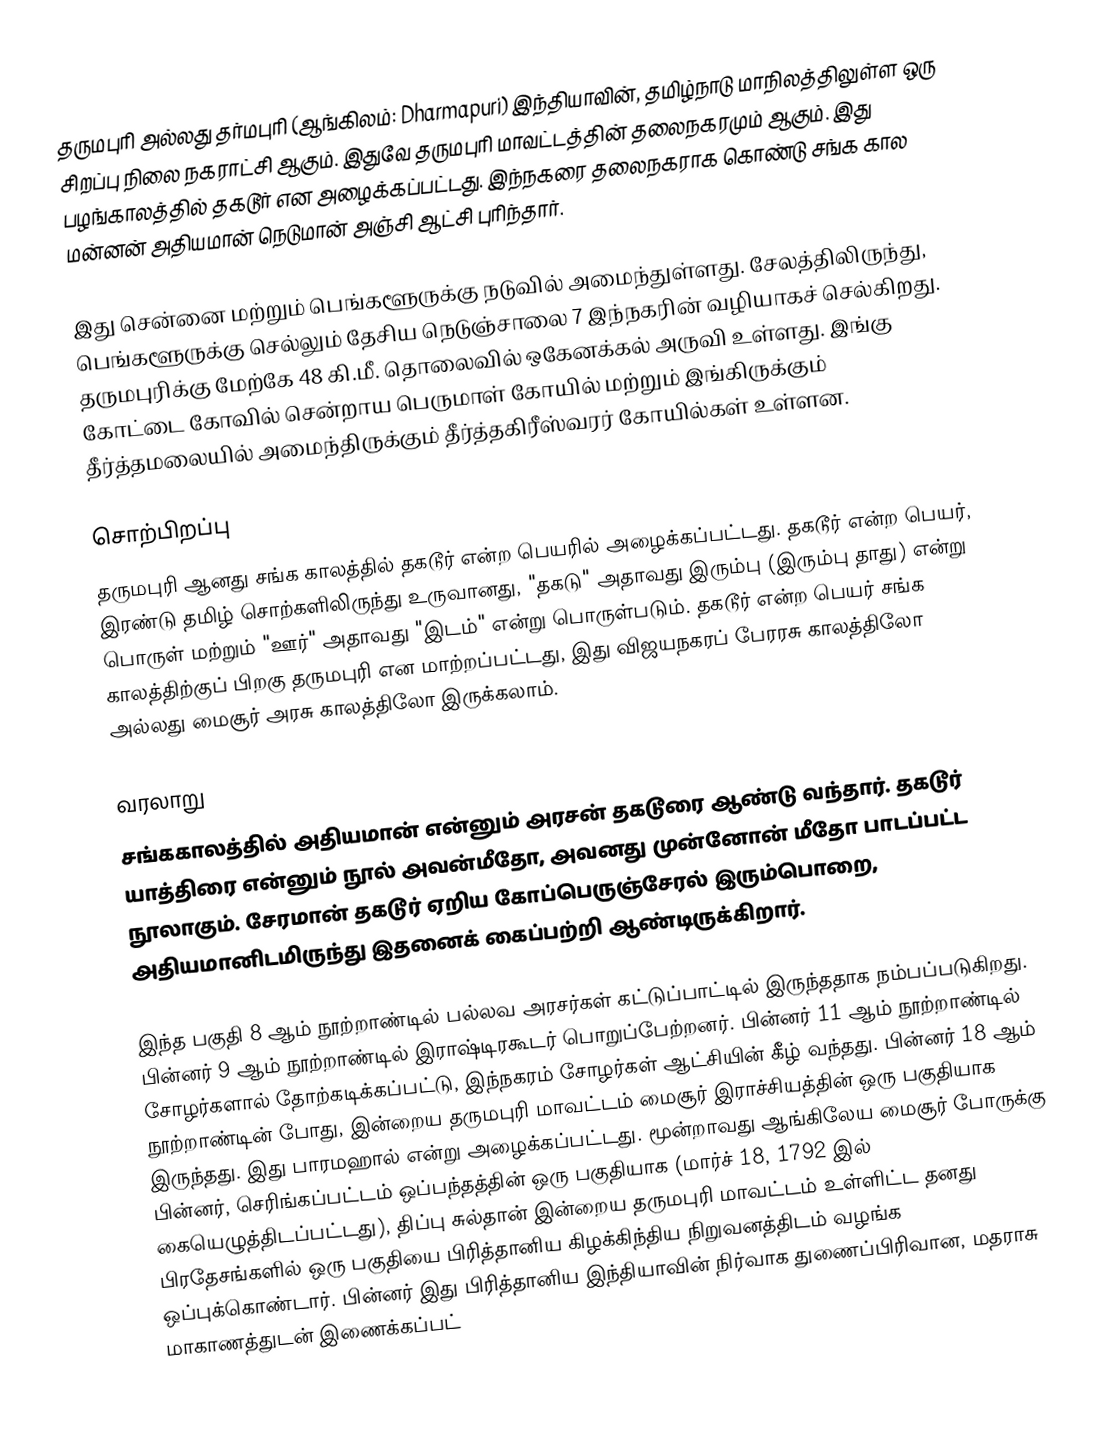
தருமபுரி அல்லது தர்மபுரி (ஆங்கிலம்: Dharmapuri) இந்தியாவின், தமிழ்நாடு மாநிலத்திலுள்ள ஒரு சிறப்பு நிலை நகராட்சி ஆகும். இதுவே தருமபுரி மாவட்டத்தின் தலைநகரமும் ஆகும். இது பழங்காலத்தில் தகடூர் என அழைக்கப்பட்டது. இந்நகரை தலைநகராக கொண்டு சங்க கால மன்னன் அதியமான் நெடுமான் அஞ்சி ஆட்சி புரிந்தார்.

இது சென்னை மற்றும் பெங்களூருக்கு நடுவில் அமைந்துள்ளது. சேலத்திலிருந்து, பெங்களூருக்கு செல்லும் தேசிய நெடுஞ்சாலை 7 இந்நகரின் வழியாகச் செல்கிறது. தருமபுரிக்கு மேற்கே 48 கி.மீ. தொலைவில் ஒகேனக்கல் அருவி உள்ளது. இங்கு கோட்டை கோவில் சென்றாய பெருமாள் கோயில் மற்றும் இங்கிருக்கும் தீர்த்தமலையில் அமைந்திருக்கும் தீர்த்தகிரீஸ்வரர் கோயில்கள் உள்ளன.

சொற்பிறப்பு
தருமபுரி ஆனது சங்க காலத்தில் தகடூர் என்ற பெயரில் அழைக்கப்பட்டது. தகடூர் என்ற பெயர், இரண்டு தமிழ் சொற்களிலிருந்து உருவானது, "தகடு" அதாவது இரும்பு (இரும்பு தாது) என்று பொருள் மற்றும் "ஊர்" அதாவது "இடம்" என்று பொருள்படும். தகடூர் என்ற பெயர் சங்க காலத்திற்குப் பிறகு தருமபுரி என மாற்றப்பட்டது, இது விஜயநகரப் பேரரசு காலத்திலோ அல்லது மைசூர் அரசு காலத்திலோ இருக்கலாம்.

வரலாறு
சங்ககாலத்தில் அதியமான் என்னும் அரசன் தகடூரை ஆண்டு வந்தார். தகடூர் யாத்திரை என்னும் நூல் அவன்மீதோ, அவனது முன்னோன்  மீதோ பாடப்பட்ட நூலாகும். சேரமான் தகடூர் ஏறிய கோப்பெருஞ்சேரல் இரும்பொறை, அதியமானிடமிருந்து இதனைக் கைப்பற்றி ஆண்டிருக்கிறார்.

இந்த பகுதி 8 ஆம் நூற்றாண்டில் பல்லவ அரசர்கள் கட்டுப்பாட்டில் இருந்ததாக நம்பப்படுகிறது. பின்னர் 9 ஆம் நூற்றாண்டில் இராஷ்டிரகூடர் பொறுப்பேற்றனர். பின்னர் 11 ஆம் நூற்றாண்டில் சோழர்களால் தோற்கடிக்கப்பட்டு, இந்நகரம் சோழர்கள் ஆட்சியின் கீழ் வந்தது. பின்னர் 18 ஆம் நூற்றாண்டின் போது, இன்றைய தருமபுரி மாவட்டம் மைசூர் இராச்சியத்தின் ஒரு பகுதியாக இருந்தது. இது பாரமஹால் என்று அழைக்கப்பட்டது. மூன்றாவது ஆங்கிலேய மைசூர் போருக்கு பின்னர், செரிங்கப்பட்டம் ஒப்பந்தத்தின் ஒரு பகுதியாக (மார்ச் 18, 1792 இல் கையெழுத்திடப்பட்டது), திப்பு சுல்தான் இன்றைய தருமபுரி மாவட்டம் உள்ளிட்ட தனது பிரதேசங்களில் ஒரு பகுதியை பிரித்தானிய கிழக்கிந்திய நிறுவனத்திடம் வழங்க ஒப்புக்கொண்டார். பின்னர் இது பிரித்தானிய இந்தியாவின் நிர்வாக துணைப்பிரிவான, மதராசு மாகாணத்துடன் இணைக்கப்பட்